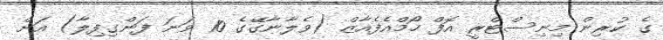
ގެ ކުރިން މިނިސްޓްރީ އޮފް ހޯމްއެފެއާޒް (ވެލާނާގޭގެ 10 ވަނަ ފަންގިފިލާ) އަށް